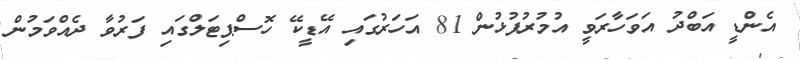
އެންޑީ އަބްދު އަވަހާރަވީ އުމުރުފުޅުން 81 އަހަރުގައި އޭޑީކޭ ހޮސްޕިޓަލްގައި ފަރުވާ ދެއްވަމުން